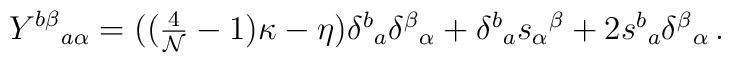
Y^{b\beta}{}_{a\alpha}=((\textstyle{\frac{4}{{\cal N}}}-1)\kappa-\eta)\delta^{b}{}_{a}\delta^{\beta}{}_{\alpha}+\delta^{b}{}_{a}s_{\alpha}{}^{\beta}+2s^{b}{}_{a}\delta^{\beta}{}_{\alpha}\,.